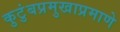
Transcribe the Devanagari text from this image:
कुटुंबप्रमुखाप्रमाणे